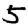
Digit: 5